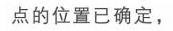
点的位置已确定，